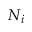
N _ { i }